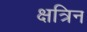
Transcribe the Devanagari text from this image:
क्षत्रिन